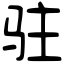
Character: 驻